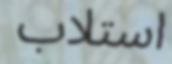
استلاب